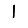
Digit: 1